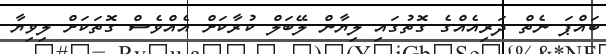
ބައްޕަ ނެތް ދަރިއެއްގެ ގޮތުގައި ލިޔާން ލޭބަލް ކުރާކަށް އެއްވެސް ގޮތަކަށް ލިވިޔާ